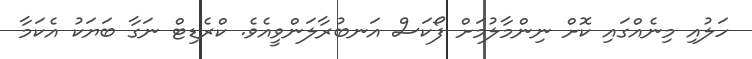
ހަލުއި މިނެއްގައި ކޮށް ނިންމާލުމަށް ފޯކަސް އަނބުރާލަންވީއެވެ. ކްރެޑިޓް ނަގާ ބަޔަކު އެކަމާ